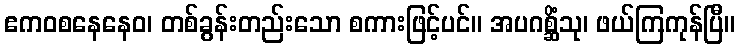
ဧကဝစနေနေဝ၊ တစ်ခွန်းတည်းသော စကားဖြင့်ပင်။ အပဂစ္ဆိံသု၊ ဖယ်ကြကုန်ပြီ။